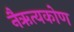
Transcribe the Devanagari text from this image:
नैऋत्यकोण